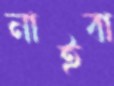
নাইবা